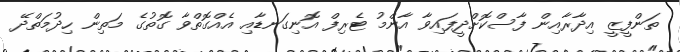
ތަންފީޒީ އިދާރާއިން ފާސްކޮށްދީފައިވާ އާންމު ޓެރިފް އޮނިގަނޑާއި އެއްގޮތްވާ ގޮތުގެ މަތިން ހިދުމަތްދޭ